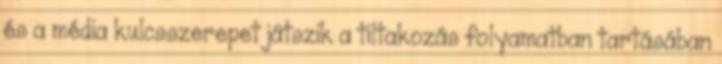
és a média kulcsszerepet játszik a tiltakozás folyamatban tartásában